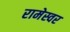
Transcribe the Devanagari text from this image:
रामेस्वर